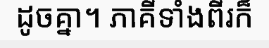
ដូចគ្នា។ ភាគីទាំងពីរក៏